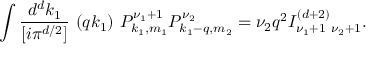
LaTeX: \int \frac { d ^ { d } k _ { 1 } } { [ i \pi ^ { d / 2 } ] } ~ ( q k _ { 1 } ) ~ P _ { k _ { 1 } , m _ { 1 } } ^ { \nu _ { 1 } + 1 } P _ { k _ { 1 } - q , m _ { 2 } } ^ { \nu _ { 2 } } = \nu _ { 2 } q ^ { 2 } I _ { \nu _ { 1 } + 1 ~ \nu _ { 2 } + 1 } ^ { ( d + 2 ) } .